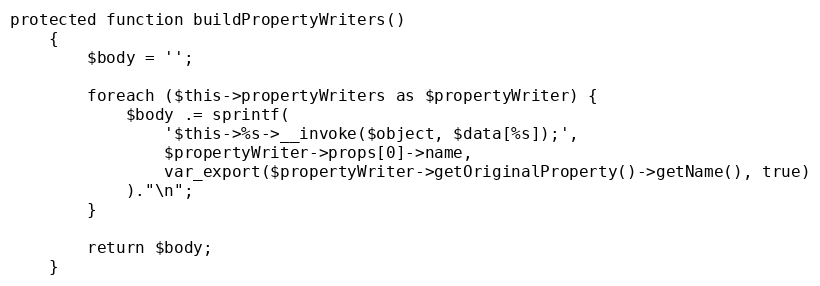
Language: PHP
protected function buildPropertyWriters()
    {
        $body = '';

        foreach ($this->propertyWriters as $propertyWriter) {
            $body .= sprintf(
                '$this->%s->__invoke($object, $data[%s]);',
                $propertyWriter->props[0]->name,
                var_export($propertyWriter->getOriginalProperty()->getName(), true)
            )."\n";
        }

        return $body;
    }